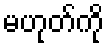
မဟုတ်ကို